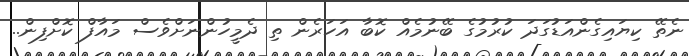
ނެތޭ ކިޔައިގެންއަޑުގަދަ ކުރުމުގެ ބޭނުމެއް ކޮބާ އަހަރެން ތި ދެމީހުންނަށްވެސް މައާފް ކޮށްފިން..